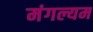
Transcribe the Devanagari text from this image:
मंगल्यम